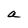
Character: a